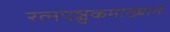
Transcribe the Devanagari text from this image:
रत्‍नपञ्चकमाख्यातं